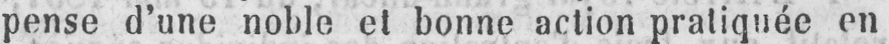
pense d’une noble et bonne action pratiquée en